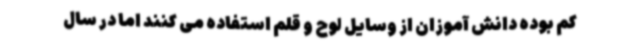
کم بوده دانش آموزان از وسایل لوح و قلم استفاده می کنند اما در سال